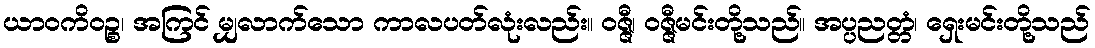
ယာဝကိဝဉ္စ၊ အကြင် မျှလာက်သော ကာလပတ်လုံးလည်း။ ဝဇ္ဇီ၊ ဝဇ္ဇီမင်းတို့သည်။ အပ္ပညတ္တံ၊ ရှေးမင်းတို့သည်